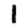
Digit: 1